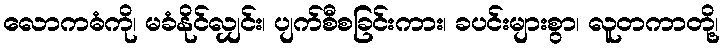
လောကဓံကို၊ မခံနိုင်လျှင်း၊ ပျက်စီစခြင်းကား၊ ခပင်းများစွာ၊ လူတကာတို့၊